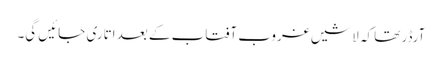
آرڈر تھا کہ لاشیں غروبِ آفتاب کے بعد اتاری جائیں گی۔